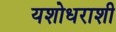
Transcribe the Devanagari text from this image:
यशोधराशी